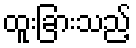
ထူးခြားသည့်